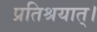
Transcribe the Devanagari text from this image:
प्रतिश्रयात्।